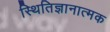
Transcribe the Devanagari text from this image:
स्थितिज्ञानात्मक